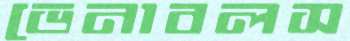
ভেনাবলস